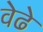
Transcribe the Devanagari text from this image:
वेढे